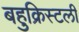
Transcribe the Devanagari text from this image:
बहुक्रिस्टली